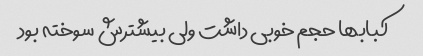
کبابها حجم خوبی داشت ولی بیشترش سوخته بود